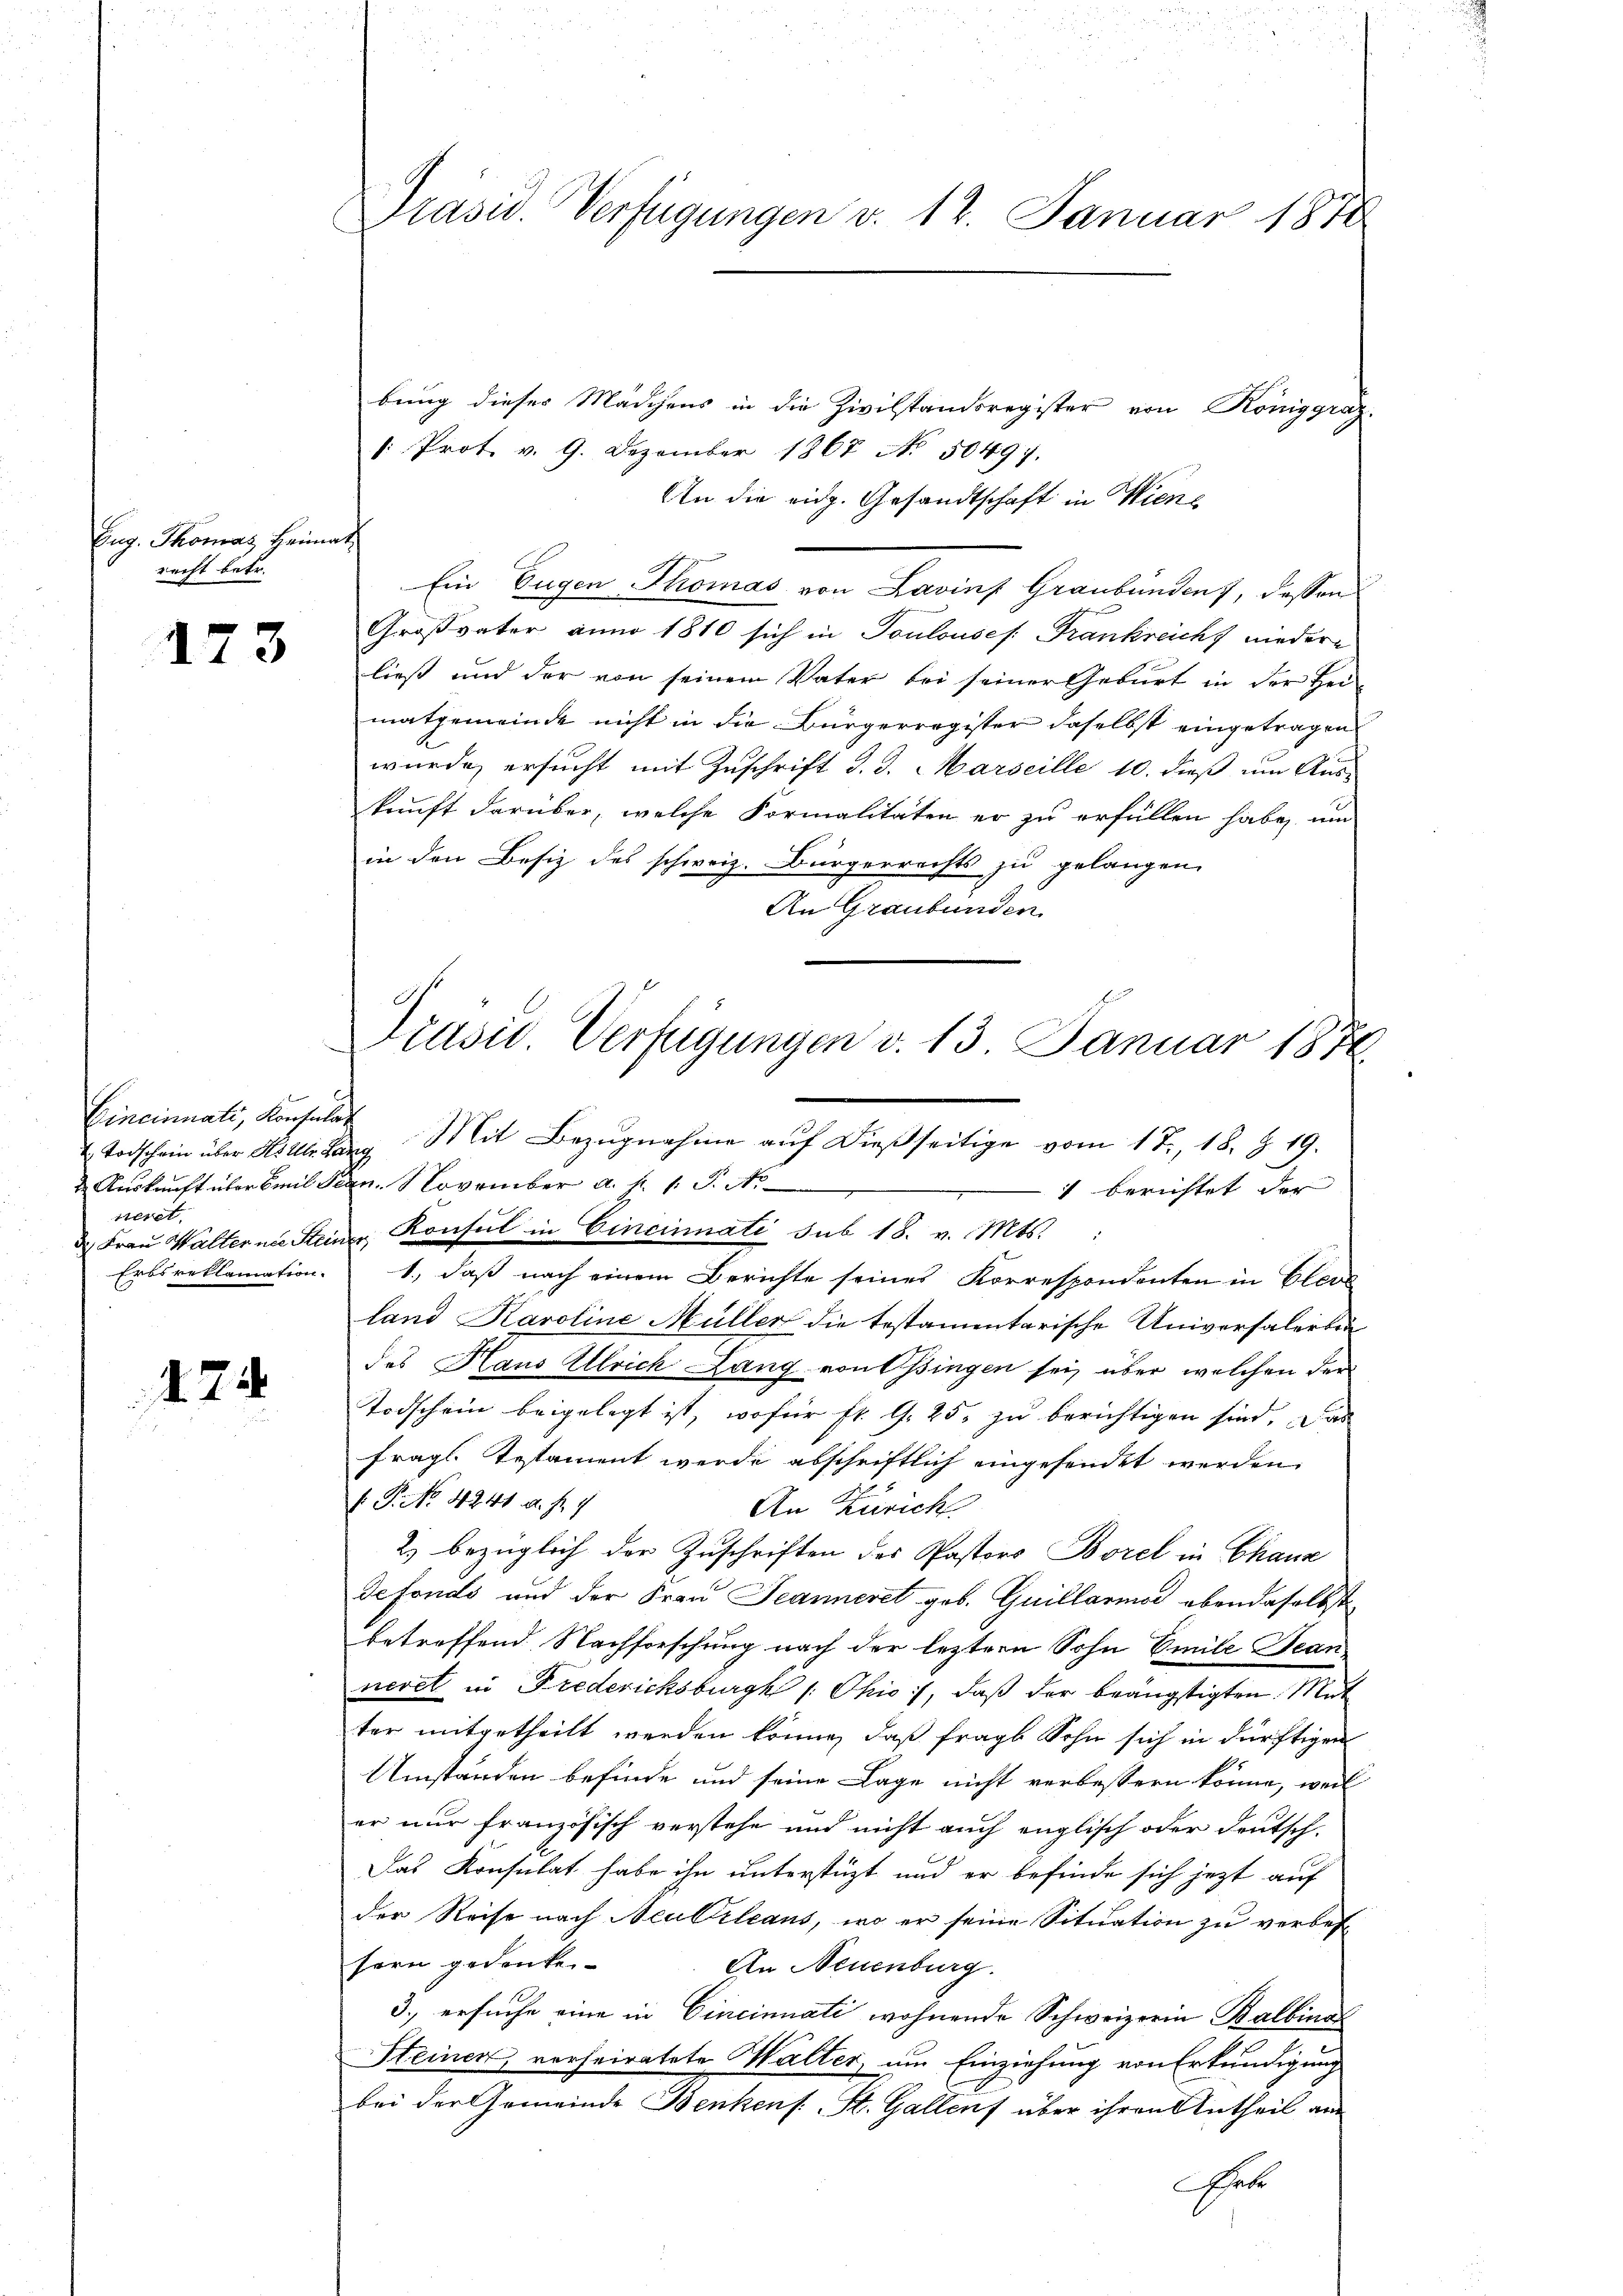
Eug. Thomas Heimat
recht betr.

173

Cincinuati, Konsulat
sieret
Erbs reklamation.

24

Präsid. Verfügungen v. 12. Januar 1878

bung dieser Mädchens in die Zivilstandsregister von Königgraz-
1: Prot. v. 9. Dezember 1867 No. 50497.
An die eidg. Gesandtschaft in Wiene
Ein Eugen Thomas von Lavinf Graubünden, dessen
Großvater anno 1810 sich in Toulouses Frankreicht nieder
ließ und der von seinem Vater bei seiner Geburt in der Hei-
matgemeinde nicht in die Bürgerregister daselbst eingetragen
wurde, ersucht mit Zuschrift d. d. Marseille 10. dieß um Aus
kunft darüber, welche Formalitäten er zu erfüllen habe, um
in den Besiz des schweiz. Bürgerrechts zu gelangen.
An Graubünden.
Auskunft über Emil Bern. November a. f. 1. P. No
 4 berichtet der
d. Frau Walterne Steiner Konsul in Cincinati sub 18. v. Mts.:
1., daß nach einem Berichte seines Korrespondenten in Elers
land Karoline Müller die testamentarische Universalerbei
des Haus Ulrich Lang von Ossingen sei, über welchen der
Todschein beigelegt ist, wofür fr. G. 25. zu berichtigen sind. Das
frags Testament werde abschriftlich eingesendet werden.
P.P. No 4241 d. J. 1
An Zürich
2) bezüglich der Zuschriften des Pastors Borel in Chanz
defonds und der Frau Jeanneret geb. Guillarmor ebendaselbst
betreffend Nachforschung nach der leztere Sohn Emile Bean
neret in Frederichsburg 1. Ohio, daß der beängstigten Mut
ter mitgetheilt werden könne, daß fragt Sohn sich in dürftigen
Umständen befinde und seine Lage nicht verbessern könne, weil
er nur französisch verstehe und nicht auch englisch oder deutsch¬
Das Konsulat habe ihn unterstüzt und er befinde sich jezt auf
der Reise nach Neu Orleans, wo er seine Situation zu verbessern gedenken.
An Neuenburg.
3. ersuche eine in Cincinati wohnende Schweizerin Balbina
Steinen, verheiratete Halter, um Einziehung von Erkundigung
bei der Gemeinde Benkenf. St. Gallens über ihren Antheil am
shabe

Präsid. Verfügungen v. 13. Januar 1870
Todschein über Mitleitung Mit Bezŭgnahme aŭf dießseitige vom 17. 18. § 19.